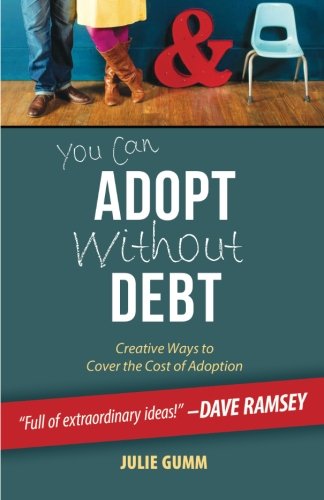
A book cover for You Can Adopt Without Debt: Creative Ways to Cover the Cost of Adoption; Julie Leanne Gumm; Parenting & Relationships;